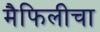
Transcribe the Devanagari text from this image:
मैफिलीचा